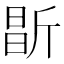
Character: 㫀